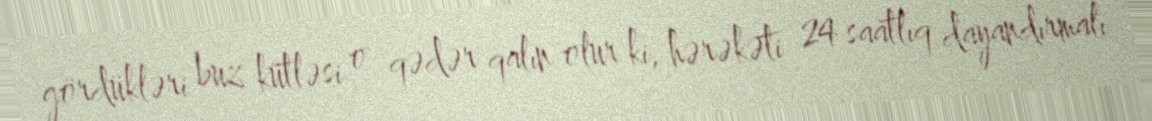
gördükləri buz kütləsi o qədər qalın olur ki, hərəkəti 24 saatlıq dayandırmalı